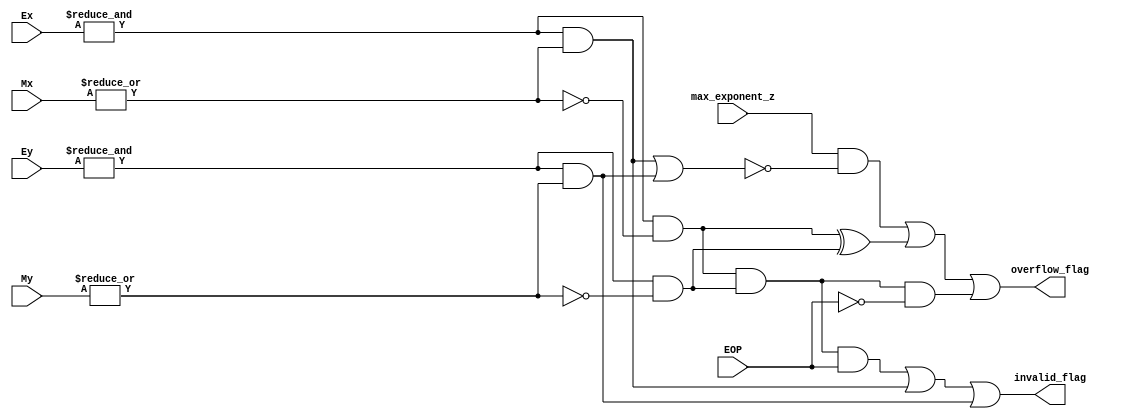
module exceptions (Ex , Ey , Mx , My , EOP , max_exponent_z , invalid_flag , overflow_flag);
input [7:0]Ex,Ey;
input [22:0]Mx,My;
input EOP , max_exponent_z;
output reg  invalid_flag,overflow_flag;
reg zero_mantessa_x,zero_mantessa_y,max_exponent_x,max_exponent_y,x_is_inf,y_is_inf;
//reg [7:0]internal_subtract;
wire overflow_case;
//assignments
assign overflow_case = max_exponent_z & ~((max_exponent_x & ~zero_mantessa_x) || (max_exponent_y & ~zero_mantessa_y));
//x and y are inputs and z is output.
always@(*)
begin
    zero_mantessa_x = ~| Mx;
    zero_mantessa_y = ~| My;
    //zero_mantessa_z = | 
    max_exponent_x = & Ex;
    max_exponent_y = & Ey;
    x_is_inf = max_exponent_x & zero_mantessa_x;
    y_is_inf = max_exponent_y & zero_mantessa_y;
    //min_exponent_z = ~| E_exponent_shifter;
    //zero_mantessa_z = ~| Mz;

    overflow_flag = overflow_case || (x_is_inf^y_is_inf) || (x_is_inf & y_is_inf & ~EOP);
    //output has max exponent or only on of the inputs is infinity or both is infinity and the operation is adding.
    invalid_flag = (x_is_inf & y_is_inf & EOP) || (max_exponent_x & ~zero_mantessa_x) || (max_exponent_y & ~zero_mantessa_y);
    // inf-inf or one of the inputs is NAN.
    //{underflow_flag,internal_subtract} = (E_exponent_update + ~required_shift + 1'b1);
    //underflow_flag = min_exponent_z & ~zero_mantessa_z;
    //zero_flag = min_exponent_z & zero_mantessa_z;
end
endmodule